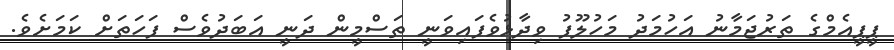
ޕީޕީއެމްގެ ތަރުޖަމާނު އަހުމަދު މަހުލޫފު ވިދާޅުވެފައިވަނީ ތަސްމީން ދަނީ އަބަދުވެސް ފަހަތަށް ކަމަށެވެ.